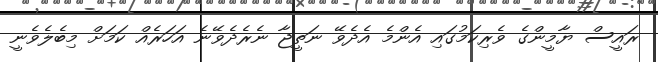
ރައީސް ޔާމީންގެ ވެރިކަމުގައި އެންމެ އެދެވޭ ނަތީޖާ ނެރެދެވޭނެ އަހަރެއް ކަމަށް މިބެލެވެނީ